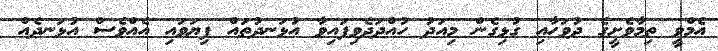
އެމްވީ ތިމާވެށީގެ ދުވަހާއި ގުޅިގެން މިއަދު ހުއްދަދެވިފައިވާ އުޅަނދުތައް ފިޔަވައި އެއްވެސް އުޅަނދެއް